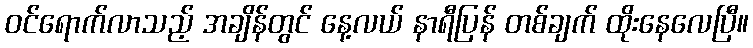
ဝင်ရောက်လာသည့် အချိန်တွင် နေ့လယ် နာရီပြန် တစ်ချက် ထိုးနေလေပြီ။